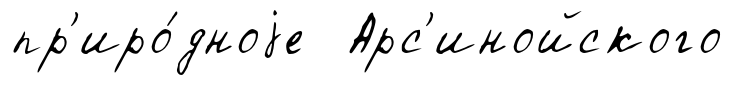
пр'иро́дноjе Арс'инойского